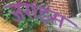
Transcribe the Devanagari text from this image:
जराइम